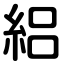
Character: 絽